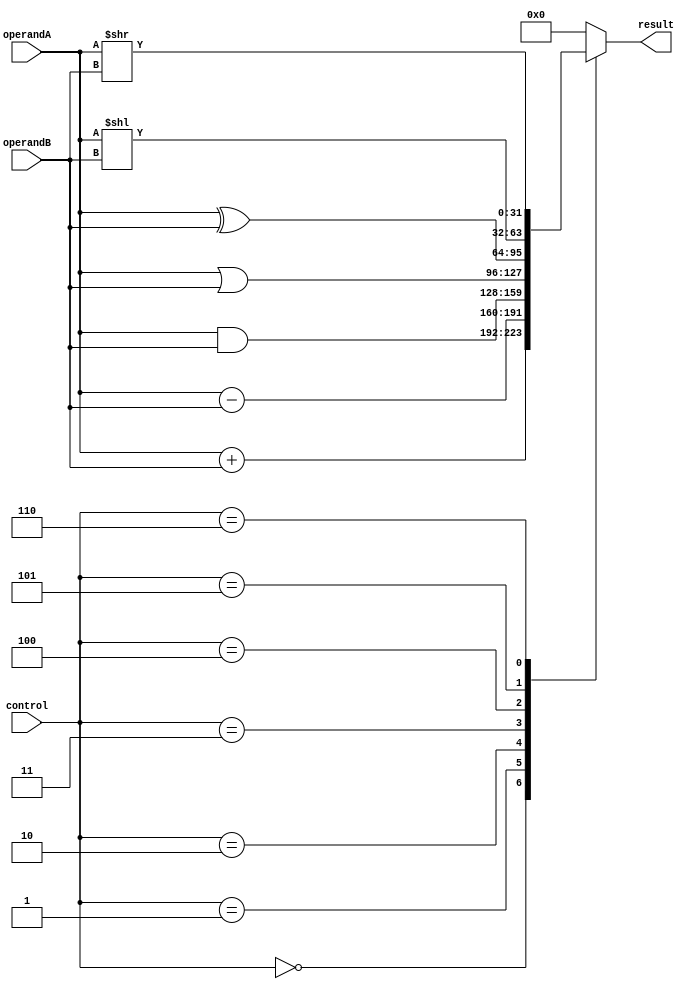
module ALU (
    input [31:0] operandA,
    input [31:0] operandB,
    input [3:0] control,
    output reg [31:0] result
);

// Define the ALU operations
localparam ADD = 4'b0000;
localparam SUB = 4'b0001;
localparam AND = 4'b0010;
localparam OR = 4'b0011;
localparam XOR = 4'b0100;
localparam SHIFT_LEFT = 4'b0101;
localparam SHIFT_RIGHT = 4'b0110;

// Perform the ALU operations based on control signals
always @ (control or operandA or operandB)
begin
    case (control)
        ADD: result = operandA + operandB;
        SUB: result = operandA - operandB;
        AND: result = operandA & operandB;
        OR: result = operandA | operandB;
        XOR: result = operandA ^ operandB;
        SHIFT_LEFT: result = operandA << operandB;
        SHIFT_RIGHT: result = operandA >> operandB;
        default: result = 0;
    endcase
end

endmodule